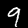
Digit: 9